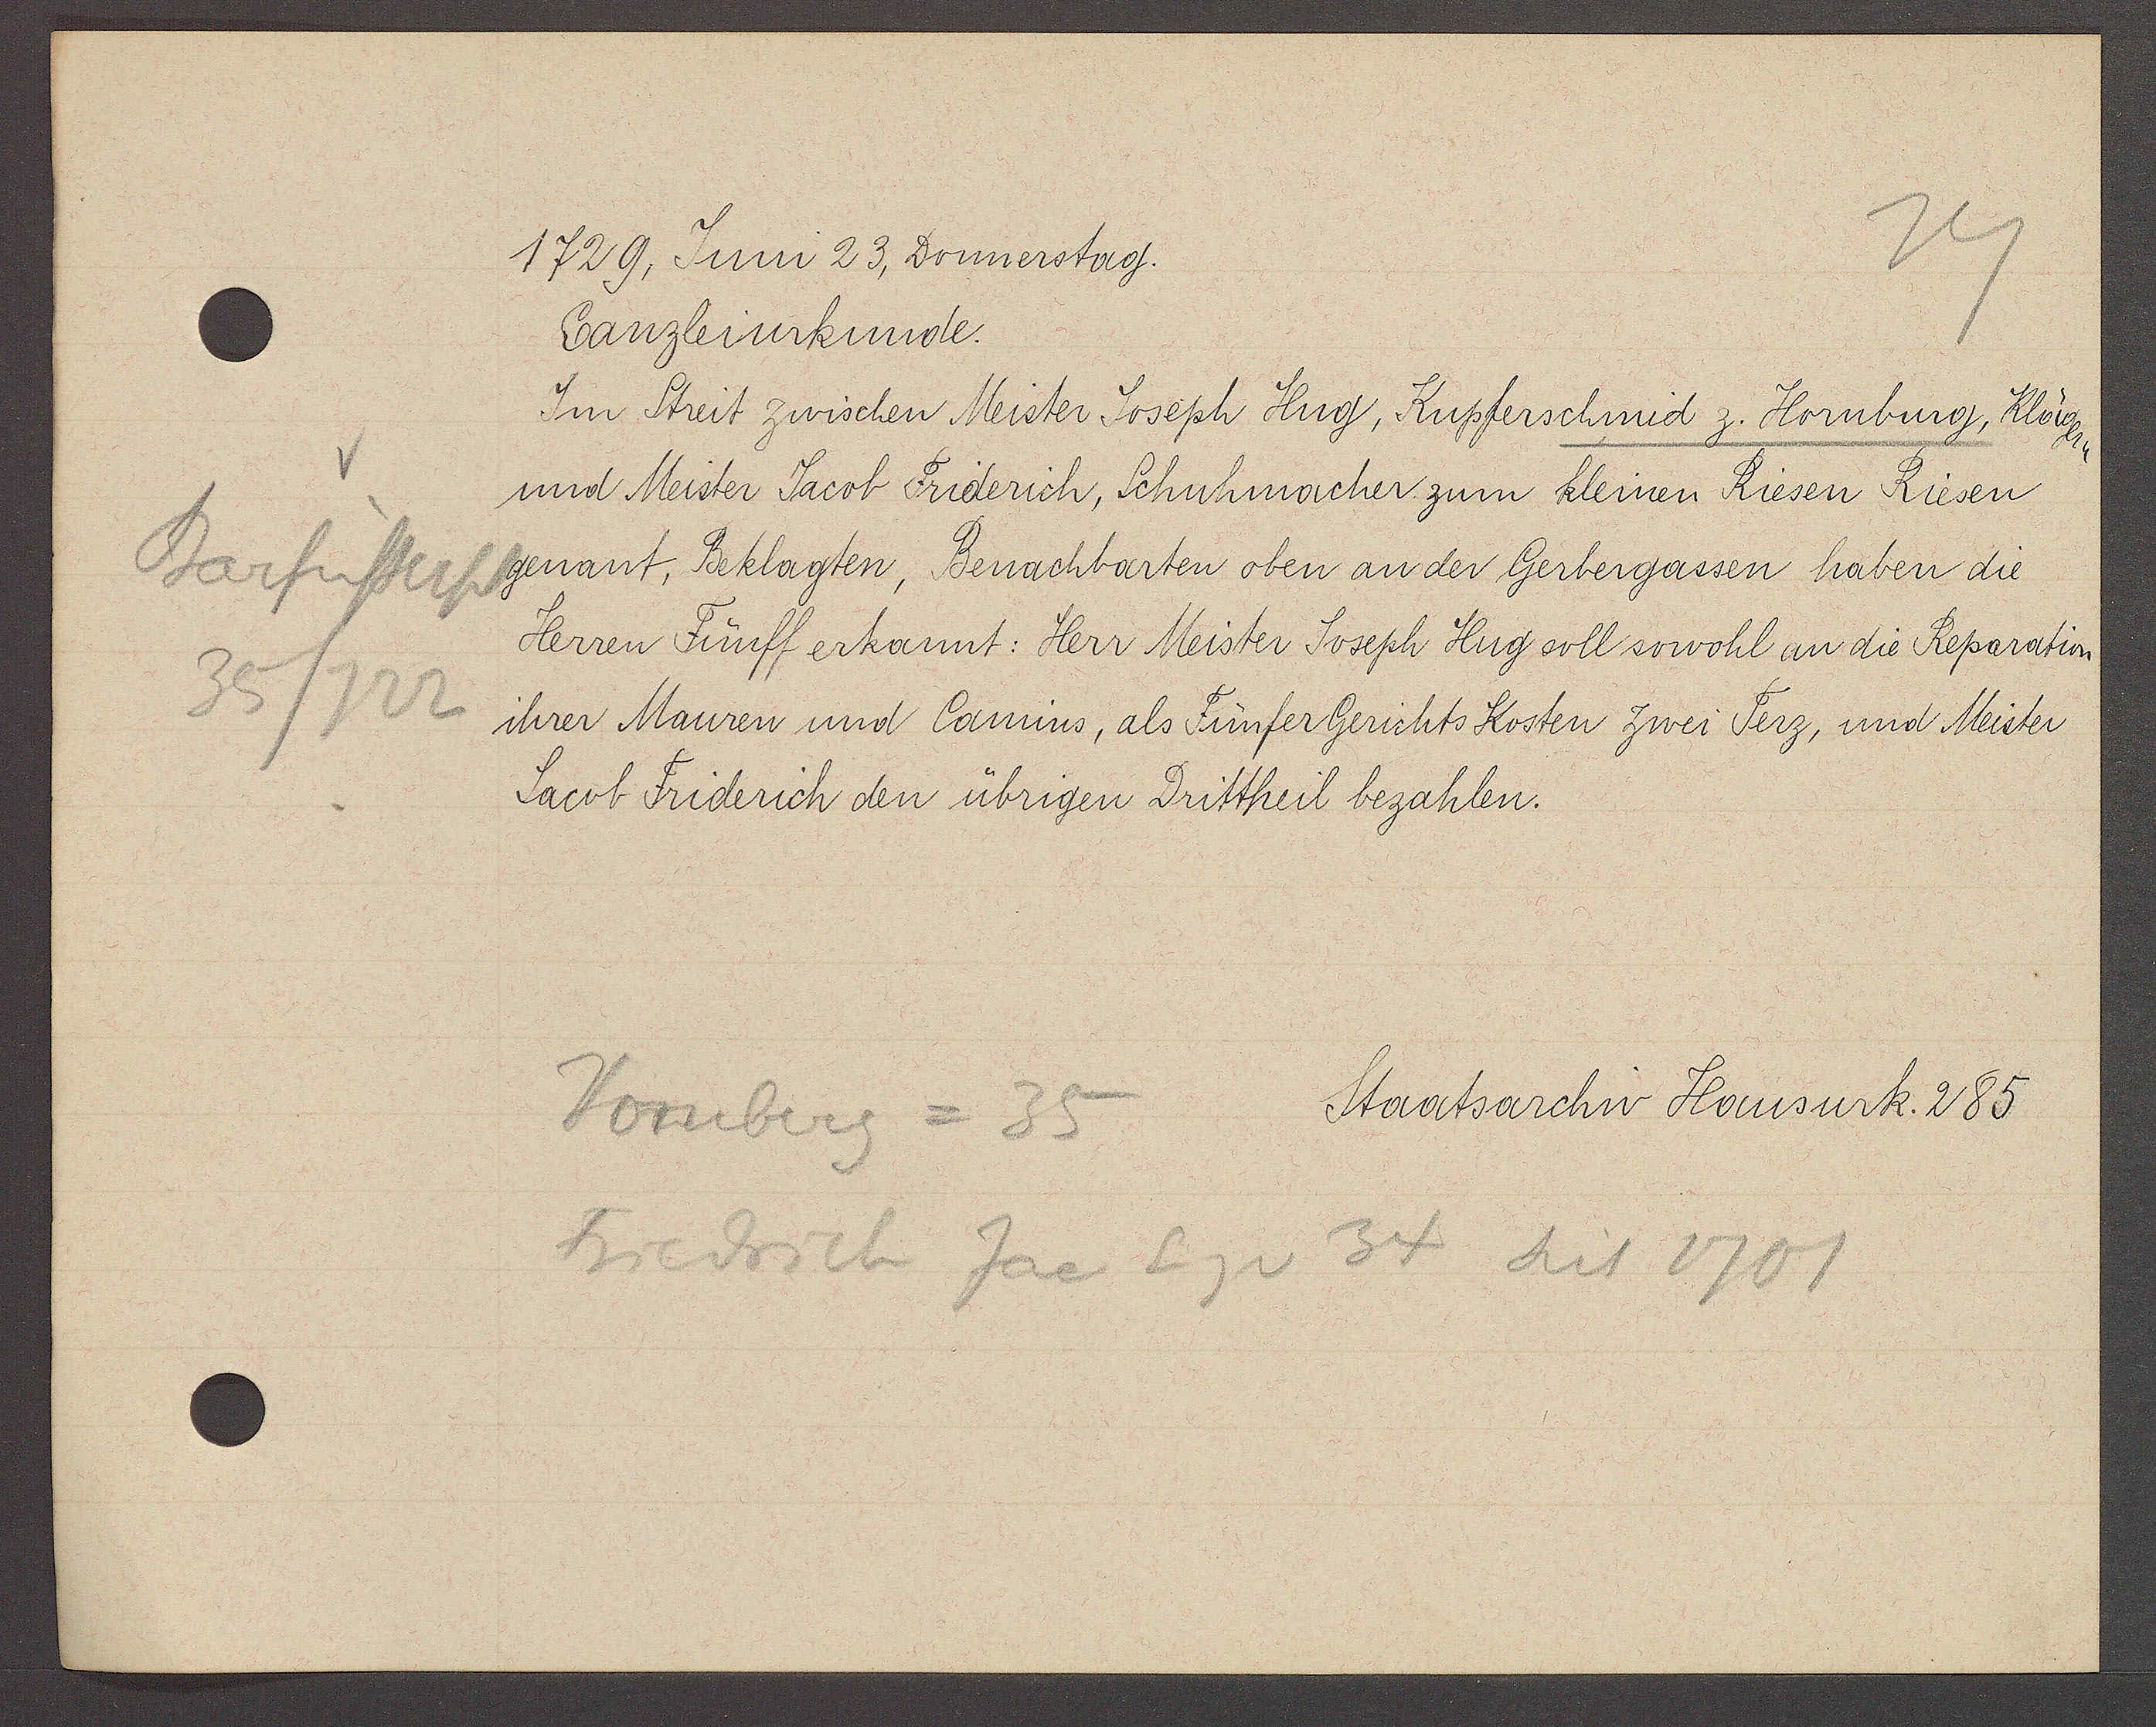
Transcript:
Barfüsserpl
35/722

1729, Juni 23, Donnerstag.

Canzleinurkunde.
Im Streit zwischen Meister Joseph Hug, Kupferschmid z. Homburg, Kläger
und Meister Jacob Friderich, Schuhmacher zum kleinen Riesen Riesen
genant, Beklagten, Benachbarten oben an der Gerbergassen haben die
Herren Fünff erkannt: Herr Meister Joseph Hug soll sowohl an die Reparation
ihrer Mauren und Cannius, als Fünfer Gerichts Kosten zwei Terz, und Meister
Jacob Friderich den übrigen Drittheil bezahlen.

Homberg = 35
Friedrich Jac Eig v 34 seit 1701

Staatsarchiv Hausurk. 285